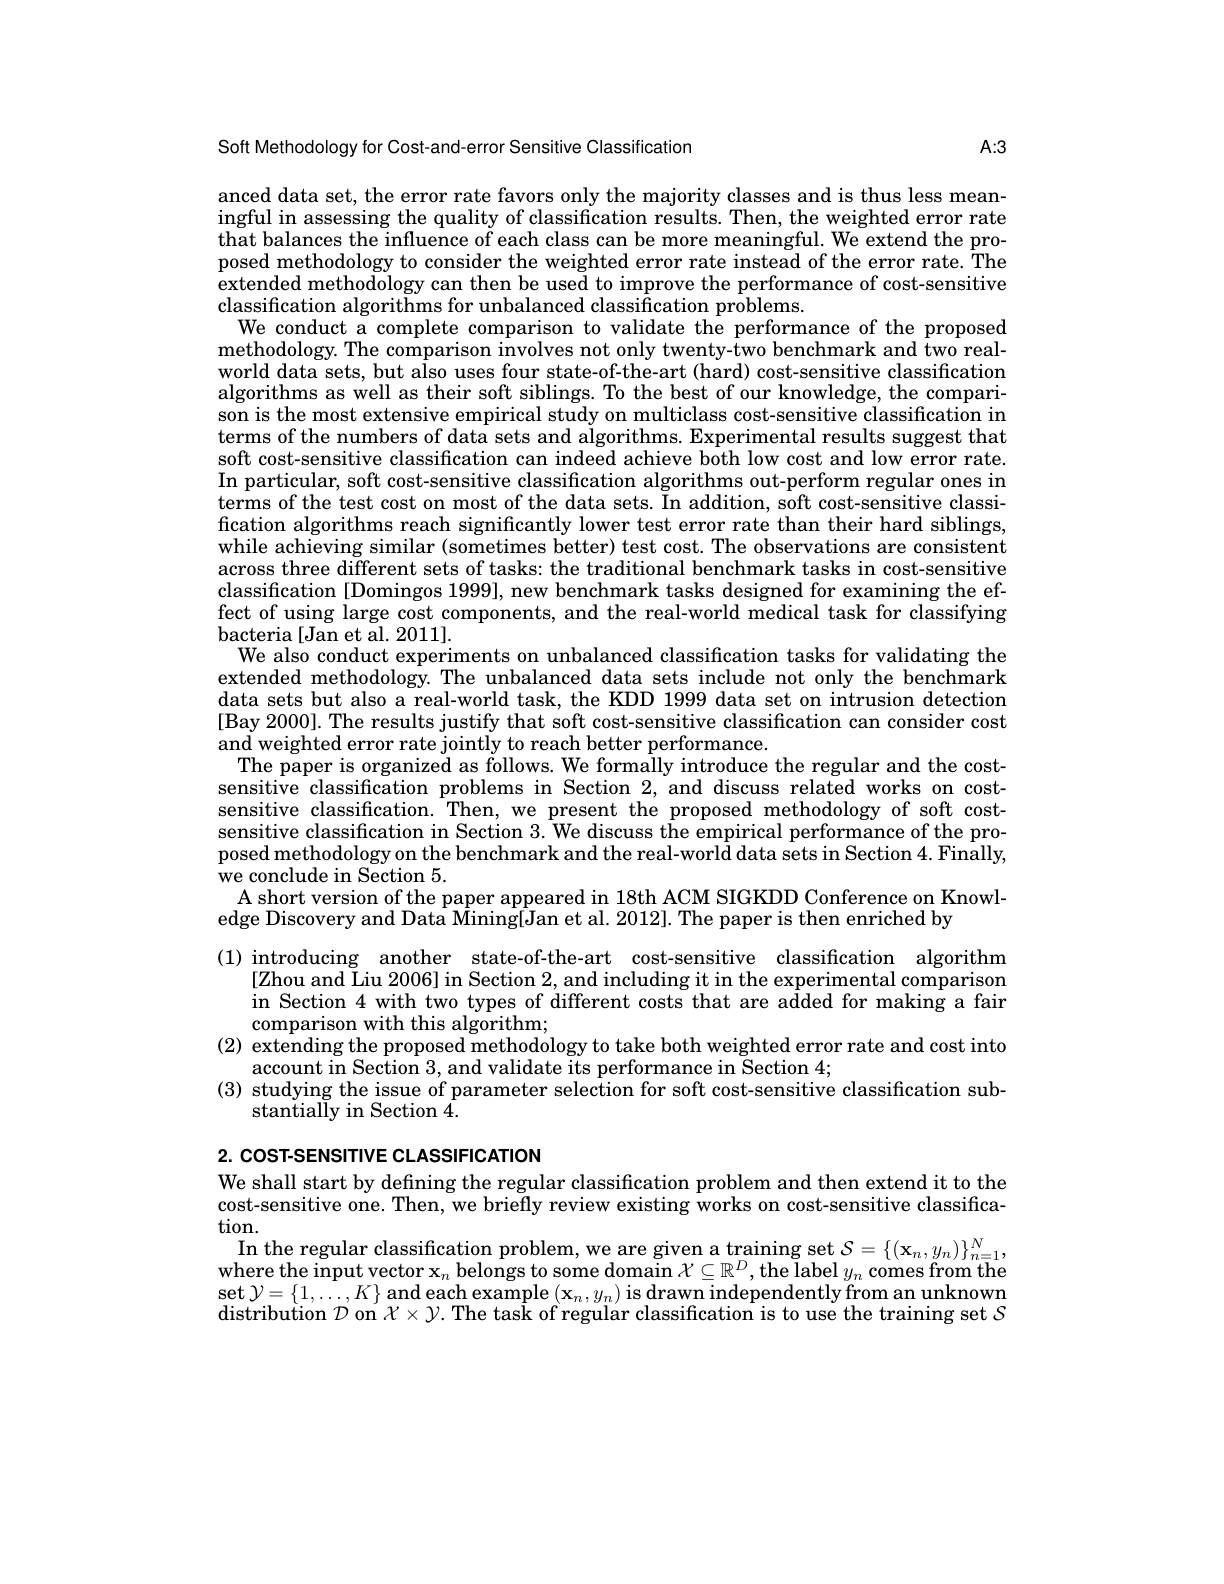
A:3

Soft Methodology for Cost-and-error Sensitive Classification
anced data set, the error rate favors only the majority classes and is thus less meaningful in assessing the quality of classification results. Then, the weighted error rate that balances the influence of each class can be more meaningful. We extend the proposed methodology to consider the weighted error rate instead of the error rate. The extended methodology can then be used to improve the performance of cost-sensitive classification algorithms for unbalanced classification problems.
We conduct a complete comparison to validate the performance of the proposed methodology. The comparison involves not only twenty-two benchmark and two realworld data sets, but also uses four state-of-the-art (hard) cost-sensitive classification algorithms as well as their soft siblings. To the best of our knowledge, the comparison is the most extensive empirical study on multiclass cost-sensitive classification in terms of the numbers of data sets and algorithms. Experimental results suggest that soft cost-sensitive classification can indeed achieve both low cost and low error rate. In particular, soft cost-sensitive classification algorithms out-perform regular ones in terms of the test cost on most of the data sets. In addition, soft cost-sensitive classification algorithms reach significantly lower test error rate than their hard siblings, while achieving similar (sometimes better) test cost. The observations are consistent across three different sets of tasks: the traditional benchmark tasks in cost-sensitive classification [Domingos 1999], new benchmark tasks designed for examining the effect of using large cost components, and the real-world medical task for classifying bacteria [Jan et al. 2011].
We also conduct experiments on unbalanced classification tasks for validating the extended methodology. The unbalanced data sets include not only the benchmark data sets but also a real-world task, the KDD 1999 data set on intrusion detection [Bay 2000]. The results justify that soft cost-sensitive classification can consider cost and weighted error rate jointly to reach better performance.
The paper is organized as follows. We formally introduce the regular and the costsensitive classification problems in Section 2, and discuss related works on costsensitive classification. Then, we present the proposed methodology of soft costsensitive classification in Section 3. We discuss the empirical performance of the proposed methodology on the benchmark and the real-world data sets in Section 4. Finally, we conclude in Section 5.
A short version of the paper appeared in 18th ACM SIGKDD Conference on Knowl-
edge Discovery and Data Mining[Jan et al. 2012]. The paper is then enriched by
(1) introducing another state-of-the-art cost-sensitive classification algorithm
[Zhou and Liu 2006] in Section 2, and including it in the experimental comparison in Section 4 with two types of different costs that are added for making a fair comparison with this algorithm;
(2) extending the proposed methodology to take both weighted error rate and cost into
account in Section 3, and validate its performance in Section 4;
(3) studying the issue of parameter selection for soft cost-sensitive classification sub-
stantially in Section 4.
2. COST-SENSITIVE CLASSIFICATION

We shall start by defining the regular classification problem and then extend it to the cost-sensitive one. Then, we briefly review existing works on cost-sensitive classification.
$\begin{array}{c}\mathrm{In~the~regular~classification~problem,~we~are~given~a~training~set~}\mathcal{S}=\{(\mathbf{x}_{n},y_{n})\}_{n=1}^{N};\\\mathrm{where~the~input~vector~x}_{n}\text{ belongs to some domain }\mathcal{X}\subseteq\mathbb{R}^{D},\text{the label }y_{n}\mathrm{~comes~from~the}\end{array}$ $\textbf{set }\mathcal{Y} = \{ 1, \ldots , K\}$ and each example $(\mathbf{x}_n,y_n)$ is drawn independently from an unknown distribution $\mathcal{D}$ on $\mathcal{X}\times\mathcal{Y}.$ The task of regular classification is to use the training set $S$